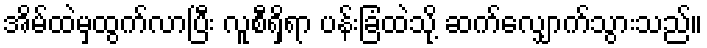
အိမ်ထဲမှထွက်လာပြီး လူစီရှိရာ ပန်းခြံထဲသို့ ဆက်လျှောက်သွားသည်။